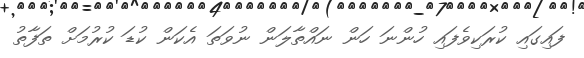
ފައިގައި ކުރަކިވެފައި ހުންނަ ހަން ނައްތާލަން ނުވަތަ އެކަން ކުޑަ ކުރުމަށް ތަފާތު